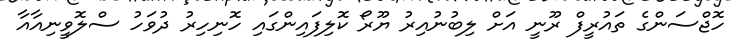
ހޮޖްސަންގެ ތައުރީފް ރޫނީ އަށް ލިބުނުއިރު ޔޫރޯ ކޮލިފައިންގައި ހޮނިހިރު ދުވަހު ސްލޮވީނިއާއާ